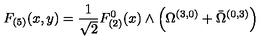
F _ { ( 5 ) } ( x , y ) = \frac 1 { \sqrt { 2 } } F _ { ( 2 ) } ^ { 0 } ( x ) \wedge \left( \Omega ^ { ( 3 , 0 ) } + \bar { \Omega } ^ { ( 0 , 3 ) } \right)